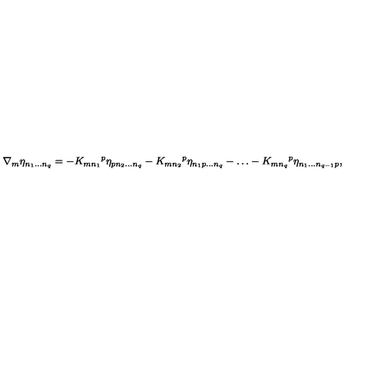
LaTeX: \nabla _ { m } \eta _ { n _ { 1 } \dots n _ { q } } = - K _ { m n _ { 1 } } { } ^ { p } \eta _ { p n _ { 2 } \dots n _ { q } } - K _ { m n _ { 2 } } { } ^ { p } \eta _ { n _ { 1 } p \dots n _ { q } } - \dots - K _ { m n _ { q } } { } ^ { p } \eta _ { n _ { 1 } \dots n _ { q - 1 } p } ,